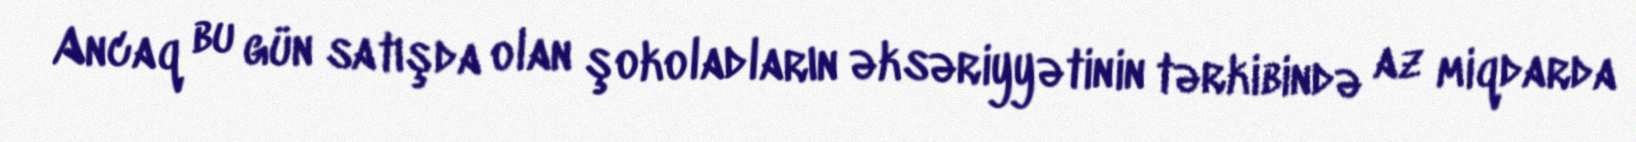
Ancaq bu gün satışda olan şokoladların əksəriyyətinin tərkibində az miqdarda